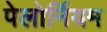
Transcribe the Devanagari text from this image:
पेलोर्नियम